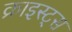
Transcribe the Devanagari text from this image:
क्राइस्ट्स